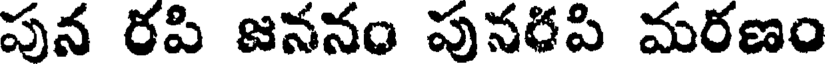
పున రపి జననం పునరపి మరణం